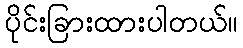
ပိုင်းခြားထားပါတယ်။